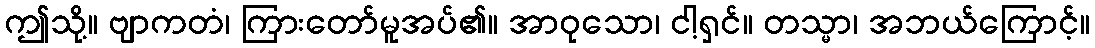
ဤသို့။ ဗျာကတံ၊ ကြားတော်မူအပ်၏။ အာဝုသော၊ ငါ့ရှင်။ တသ္မာ၊ အဘယ်ကြောင့်။